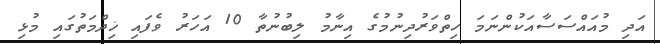
އަދި މުއައްސަސާއަކުންނަމަ ހިތްވަރުދިނުމުގެ އިނާމު ލިބުނުތާ 10 އަހަރު ވެފައި ޚިދްމަތުގައި މުޅި